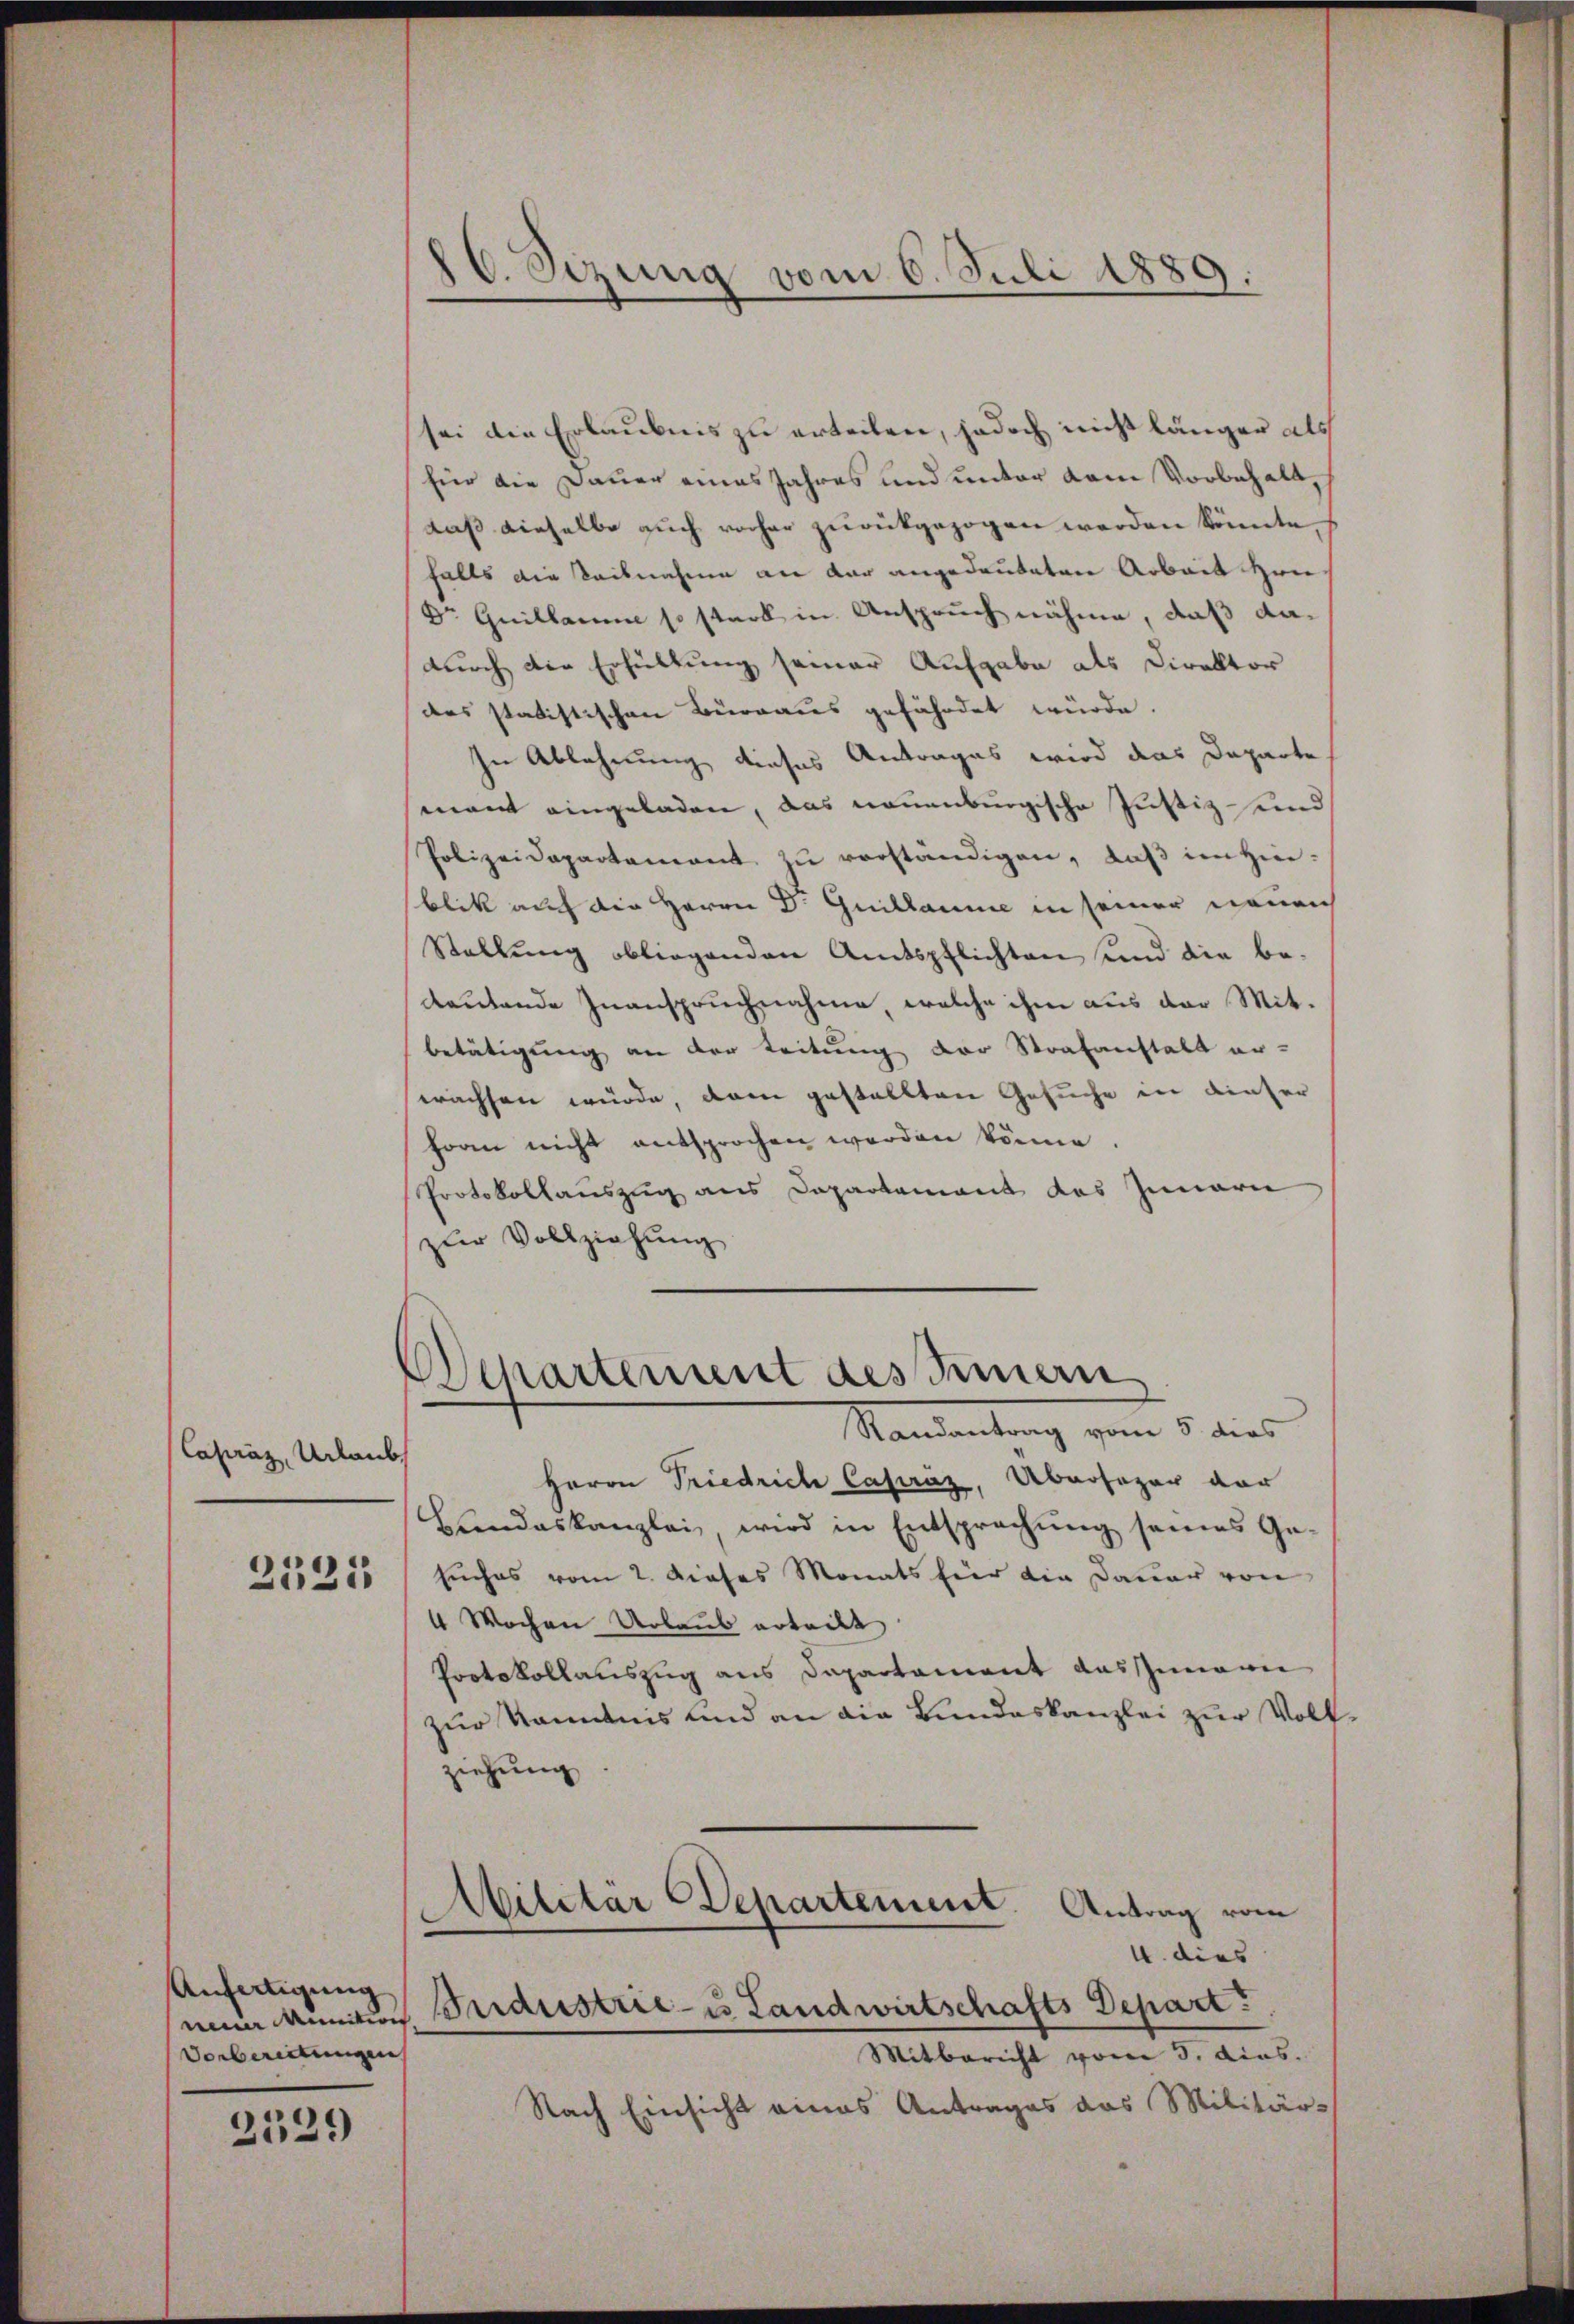
Capraz, Urlaub

2535

Anfertigung
Vorbereitungen

2539

d. Sezung vom 6. Juli 1889.

sei die Erlaubnis zu erteilen, jedoch nicht länger als
für die Dauer eines Jahres und unter dem Vorbehalt,
daß dieselbe auch vorher zurückgezogen werden könnte.
falls die Seilnahme an dar angedeuteten Arbeit Hen
Dr Guillamme so stark in Anspruch nähme, daß dadurch die Erfüllung seiner Aufgabe als Direktor
des statistischen Bürraus gefährdet würde.
In Ablehnung dieses Antrages wird das Departe
mant eingeladen, das neuenburgische Justiz und
Polizeidepartement zŭ verständigen, daβ im Hinblik auf die Herrn Dr. Guillaume in seiner neuen
Stellung obliegenden Amtspflichten und die bedeutende Inanspruchnahme, welche ihm aus der Mitbetätigung an der Leitung der Strafanstalt er-
wachsen würde, dem gestellten Gesuche in dieser
horen nicht entsprochen werden könne.
Protokollauszug aus Departement des Innern
zur Vollziehung

Departement des Innern
Mandantung vom 5. dies

Herrn Friedrich Capráz, Übersager vor
Bundeskanzlei, wird in Entsprechung seines Gesuches vom 2. dieses Monats für die Dauer von
4 Wochen Urlaus erteilt.
Protokollauszug aus Departament auszumern
zur Kenntnis und an die Bundeskanzlei zur Vollziehung

Wilitär Departement. Antrag vom
.
4. dies
ne Munition Pardistrie- u. Landwirtschafts Depart.
Mitbericht vom 3. Ains.

Nach Einsicht eines Antrages das Militär-